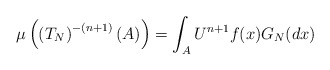
\begin{align*} \mu \left(\left(T_N\right)^{-(n+1)}(A)\right)= \int_{A} U^{n+1} f(x)G_N(dx)\end{align*}